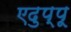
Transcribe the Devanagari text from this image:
एदुप्पू